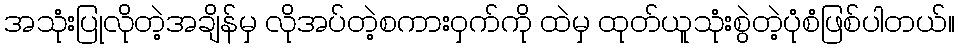
အသုံးပြုလိုတဲ့အချိန်မှ လိုအပ်တဲ့စကားဝှက်ကို ထဲမှ ထုတ်ယူသုံးစွဲတဲ့ပုံစံဖြစ်ပါတယ်။